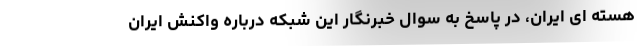
هسته ای ایران، در پاسخ به سوال خبرنگار این شبکه درباره واکنش ایران